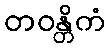
တဝန္တိကံ